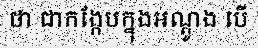
ថា ជាកង្កែបក្នុងអណ្តូង បើ